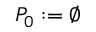
P _ { 0 } : = \emptyset